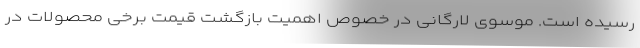
رسیده است. موسوی لارگانی در خصوص اهمیت بازگشت قیمت برخی محصولات در